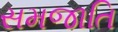
સમજાતિ